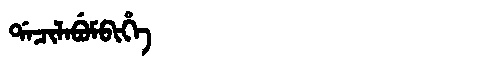
Manchu: ᡩᠠᠴᡳᠯᠠᠪᡠᠮᠪᡳᡥᡝ
Romanization: DACILABUMBIHE